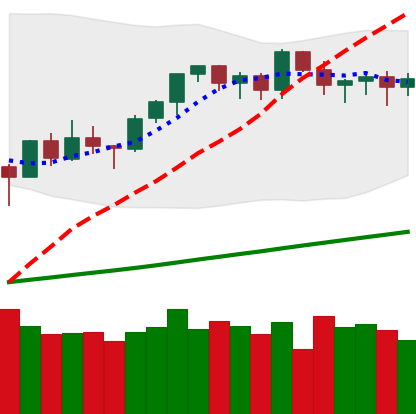
Ticker: ETH-USD
Chart end date: 2021-03-19
Forward return: -12.335%
Label: down_7plus